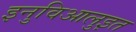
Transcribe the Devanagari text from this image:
इनुविआलुइत